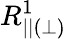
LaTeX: R_{||(\perp)}^{1}